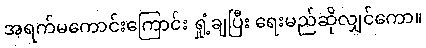
အရက်မကောင်းကြောင်း ရှုံ့ချပြီး ရေးမည်ဆိုလျှင်ကော။